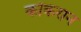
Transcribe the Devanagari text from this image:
कोकरान